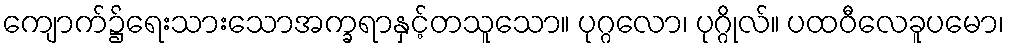
ကျောက်၌ရေးသားသောအက္ခရာနှင့်တသူသော။ ပုဂ္ဂလော၊ ပုဂ္ဂိုလ်။ ပထဝီလေခူပမော၊